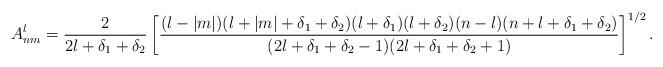
LaTeX: \begin{align*}A_{nm}^l = \frac{2}{2l+\delta_1+\delta_2} \left[\frac{(l-|m|)(l+|m|+\delta_1+\delta_2)(l+\delta_1)(l+\delta_2)(n-l)(n+l+\delta_1+\delta_2)}{(2l+\delta_1+\delta_2-1)(2l+\delta_1+\delta_2+1)}\right] ^{1/2}.\end{align*}